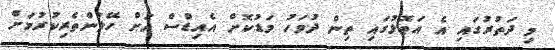
މި ދަތުރުގައި އެ އަތޮޅުގައި ތިން ދުވަހު މަޑުކޮށް އެއިޑްސް އަށް ހޭލުންތެރިކުރުމަށް